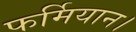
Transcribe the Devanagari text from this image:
फर्मियान।